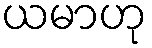
ယမာဟု